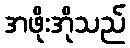
အဖိုးအိုသည်